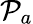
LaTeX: \mathcal{P}_{a}